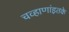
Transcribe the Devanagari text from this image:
चव्हाणांइतके